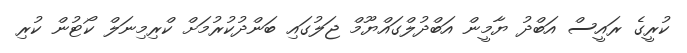
ކުރީގެ ރައީސް އަބްދު ޔާމީން އަބްދުލްގައްޔޫމް ޖަލުގައި ބަންދުކުރުމަށް ކްރިމިނަލް ކޯޓުން ކުރި